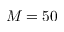
M = 5 0